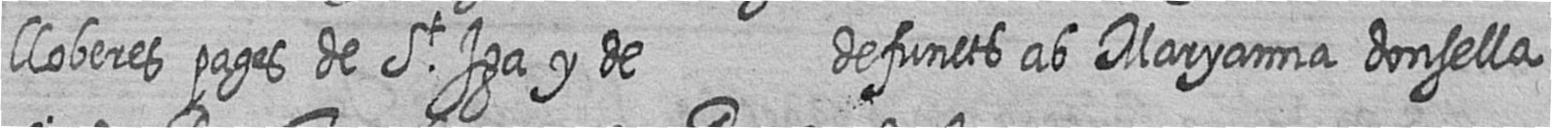
lloberes pages de St Iga y de defuncts ab Maryanna donsella